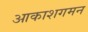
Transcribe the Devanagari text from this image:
आकाशगमन